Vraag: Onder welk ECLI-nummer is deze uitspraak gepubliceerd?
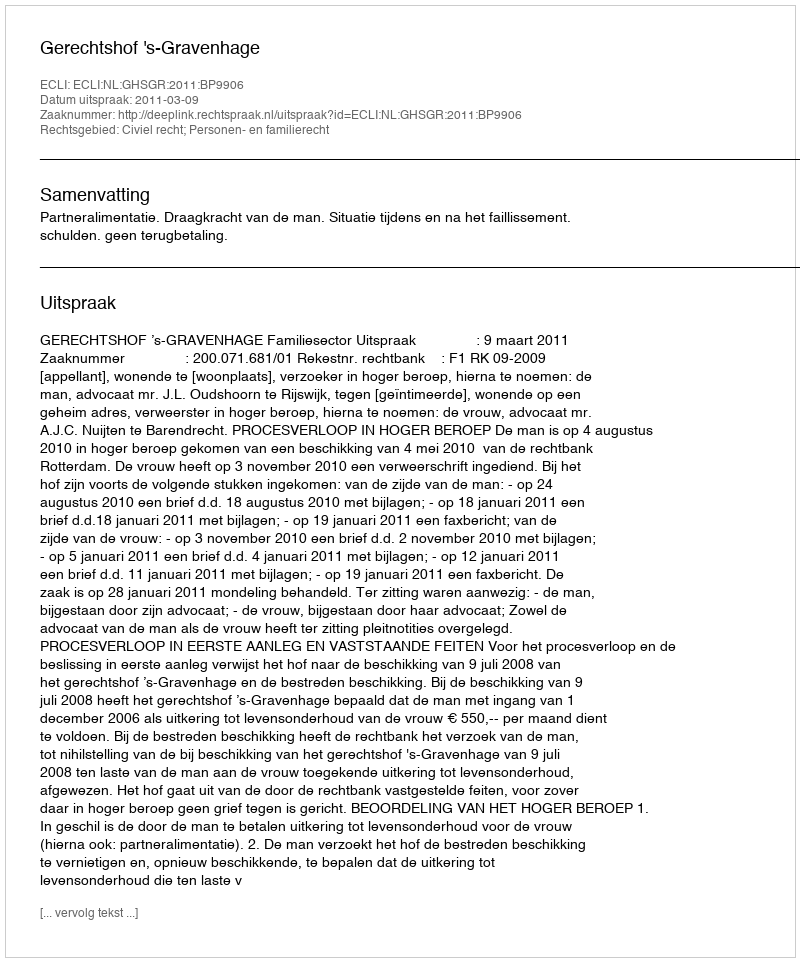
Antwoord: ECLI:NL:GHSGR:2011:BP9906